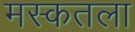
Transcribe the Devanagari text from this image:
मस्कतला